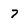
Character: 7